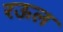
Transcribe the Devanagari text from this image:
रऊल